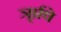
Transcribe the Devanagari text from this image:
ऋृषि